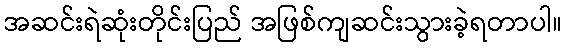
အဆင်းရဲဆုံးတိုင်းပြည် အဖြစ်ကျဆင်းသွားခဲ့ရတာပါ။